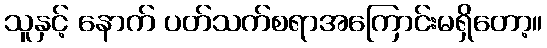
သူနှင့် နောက် ပတ်သက်စရာအကြောင်းမရှိတော့။